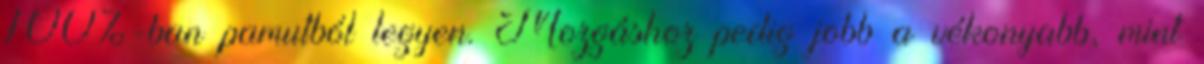
100%-ban pamutból legyen. Mozgáshoz pedig jobb a vékonyabb, mint